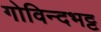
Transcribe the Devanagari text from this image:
गोविन्दभट्ट